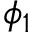
\phi _ { 1 }